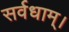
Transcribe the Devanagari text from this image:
सर्वधाम्‌।